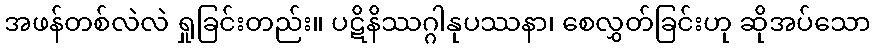
အဖန်တစ်လဲလဲ ရှုခြင်းတည်း။ ပဋိနိဿဂ္ဂါနုပဿနာ၊ စေလွှတ်ခြင်းဟု ဆိုအပ်သော